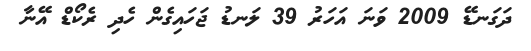
ދަގަނޑޭ 2009 ވަނަ އަހަރު 39 ލަނޑު ޖަހައިގެން ހެދި ރެކޯޑް އޭނާ